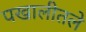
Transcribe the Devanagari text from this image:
पखालीतले